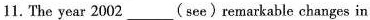
11.The year 2002 ___(see) remarkable changes in